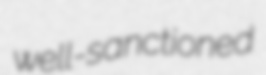
well-sanctioned